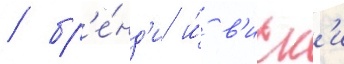
/ бр'е́нд'и и́ в'иск'и